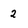
Character: 2